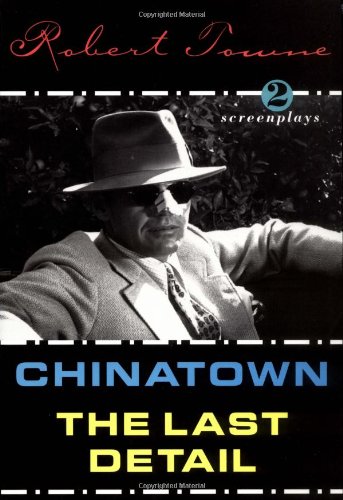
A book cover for Chinatown and the Last Detail: Two Screenplays; Robert Towne; Humor & Entertainment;